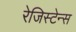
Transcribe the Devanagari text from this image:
रेजिस्टेन्स